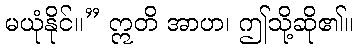
မယုံနိုင်။” ဣတိ အာဟ၊ ဤသို့ဆို၏။